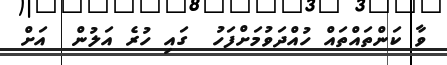
ވާ ކަންތައްތައް ހުއްދަވުމަށްފަހު  ގައި ހުރެ އަލުން  އަށް